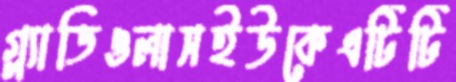
গ্ল্যাডিওলাসইউকেএটিটি